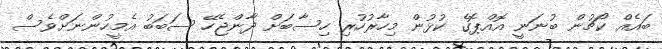
ބައެއް ކޯޗުން ބުނަނީ އޮއްޕޮގެ ކުޅުން މިހާރުހުރި ހިސާބަށް ދާންޖެހޭ ސަބަބު އެމީހުންނަށްވެސް